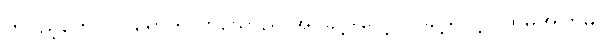
တပည့်တော်။ ။ ရောက်လာသောည အိပ်ခွင့်-လေ့လာခွင့်ရလို့ ပထမအကြိမ်